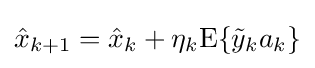
{\hat {x}}_{k+1}={\hat {x}}_{k}+\eta _{k}\mathrm {E} \{{\tilde {y}}_{k}a_{k}\}